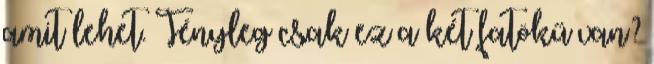
amit lehet. Tényleg csak ez a két fatökű van?